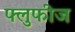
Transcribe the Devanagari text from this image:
फ्लुफीज